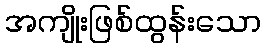
အကျိုးဖြစ်ထွန်းသော